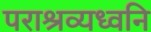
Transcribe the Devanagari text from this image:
पराश्रव्यध्वनि